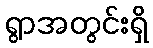
ရွာအတွင်းရှိ